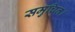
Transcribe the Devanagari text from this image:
समुचित।